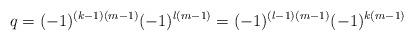
LaTeX: \begin{align*}q=(-1)^{(k-1)(m-1)}(-1)^{l(m-1)}=(-1)^{(l-1)(m-1)}(-1)^{k(m-1)}\end{align*}